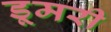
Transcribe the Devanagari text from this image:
डूमरी